Madras plague regulations and rules for district municipalities and other towns and villages
Disease focus: Plague
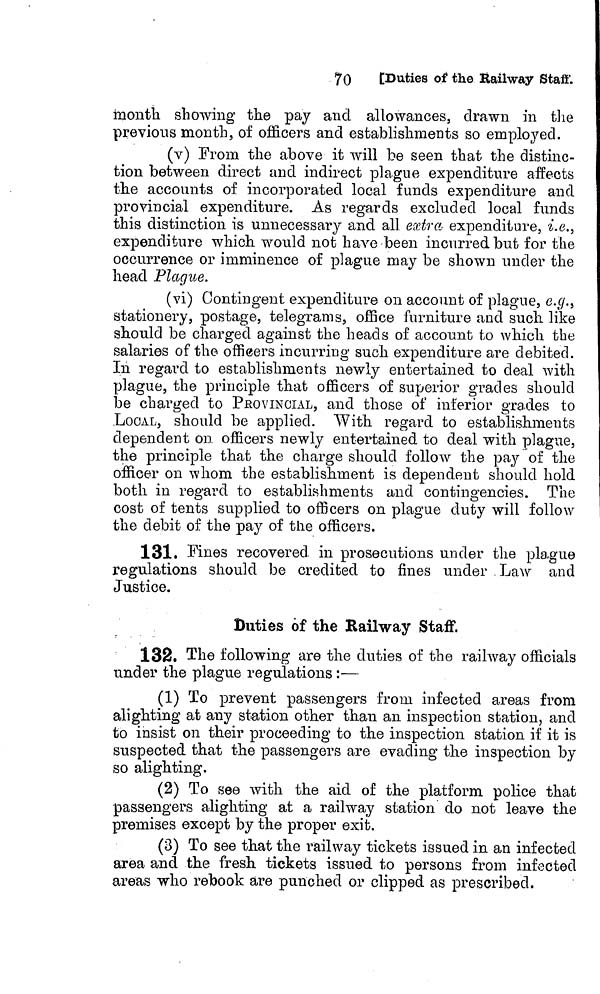
70
[Duties of the Railway Staff.
month showing the pay and allowances, drawn in the
previous month, of officers and establishments so employed.
(v) From the above it will be seen that the distinc-
tion between direct and indirect plague expenditure affects
the accounts of incorporated local funds expenditure and
provincial expenditure. As regards excluded local funds
this distinction is unnecessary and all extra, expenditure, i.e.,
expenditure which would not have been incurred but for the
occurrence or imminence of plague may be shown under the
head Plague.
(vi) Contingent expenditure on account of plague, e.g.,
stationery, postage, telegrams, office furniture and such like
should be charged against the heads of account to which the
salaries of the officers incurring such expenditure are debited.
In regard to establishments newly entertained to deal with
plague, the principle that officers of superior grades should
be charged to PROVINCIAL, and those of inferior grades to
LOCAL, should be applied. With regard to establishments
dependent on officers newly entertained to deal with plague,
the principle that the charge should follow the pay of the
officer on whom the establishment is dependent should hold
both in regard to establishments and contingencies. The
cost of tents supplied to officers on plague duty will follow
the debit of the pay of the officers.
131. Fines recovered in prosecutions under the plague
regulations should be credited to fines under Law and
Justice.
Duties of the Railway Staff.
132. The following are the duties of the railway officials
under the plague regulations :—
(1) To prevent passengers from infected areas from
alighting at any station other than an inspection station, and
to insist on their proceeding to the inspection station if it is
suspected that the passengers are evading the inspection by
so alighting.
(2) To see with the aid of the platform police that
passengers alighting at a railway station do not leave the
premises except by the proper exit.
(3) To see that the railway tickets issued in an infected
area and the fresh tickets issued to persons from infected
areas who rebook are punched or clipped as prescribed.